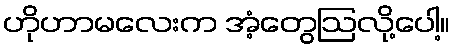
ဟိုဟာမလေးက အံ့တွေဩလို့ပေါ့။